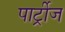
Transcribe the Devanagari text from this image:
पार्ट्रीज